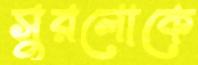
সুরলোকে